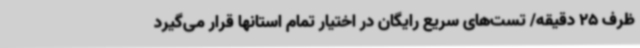
ظرف 25 دقیقه/ تست‌های سریع رایگان در اختیار تمام استانها قرار می‌گیرد